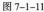
图7-1-11